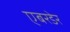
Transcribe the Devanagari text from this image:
एबरडेर